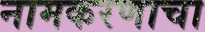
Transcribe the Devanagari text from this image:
नामकरणाचा